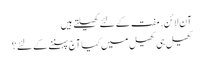
آن لائن. مفت کے لئے کھیلتے ہیں
کھیل ہی کھیل میں کیا آج پہننے کے لئے؟